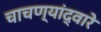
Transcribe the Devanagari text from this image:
चाचण्यांद्वारे